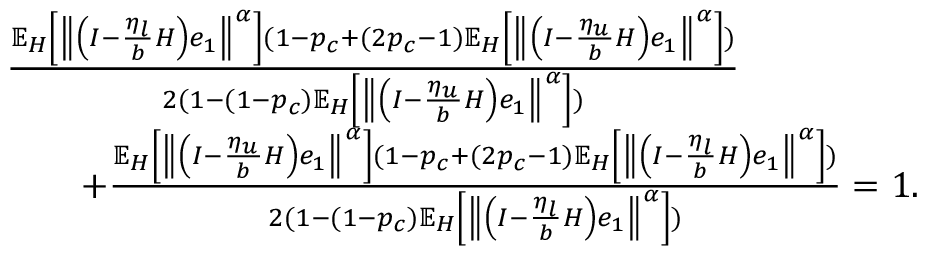
\begin{array} { r l } & { \frac { \mathbb { E } _ { H } \left[ \left\Vert \left( I - \frac { \eta _ { l } } { b } H \right) e _ { 1 } \right\Vert ^ { \alpha } \right] ( 1 - p _ { c } + ( 2 p _ { c } - 1 ) \mathbb { E } _ { H } \left[ \left\Vert \left( I - \frac { \eta _ { u } } { b } H \right) e _ { 1 } \right\Vert ^ { \alpha } \right] ) } { 2 ( 1 - ( 1 - p _ { c } ) \mathbb { E } _ { H } \left[ \left\Vert \left( I - \frac { \eta _ { u } } { b } H \right) e _ { 1 } \right\Vert ^ { \alpha } \right] ) } } \\ & { \qquad + \frac { \mathbb { E } _ { H } \left[ \left\Vert \left( I - \frac { \eta _ { u } } { b } H \right) e _ { 1 } \right\Vert ^ { \alpha } \right] ( 1 - p _ { c } + ( 2 p _ { c } - 1 ) \mathbb { E } _ { H } \left[ \left\Vert \left( I - \frac { \eta _ { l } } { b } H \right) e _ { 1 } \right\Vert ^ { \alpha } \right] ) } { 2 ( 1 - ( 1 - p _ { c } ) \mathbb { E } _ { H } \left[ \left\Vert \left( I - \frac { \eta _ { l } } { b } H \right) e _ { 1 } \right\Vert ^ { \alpha } \right] ) } = 1 . } \end{array}